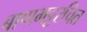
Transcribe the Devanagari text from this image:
बाणभट्टरचित